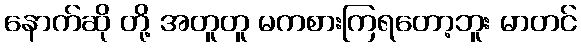
နောက်ဆို တို့ အတူတူ မကစားကြရတော့ဘူး မာတင်